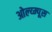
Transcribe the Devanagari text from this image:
ओल्य्म्पूस